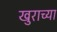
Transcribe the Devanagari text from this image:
खुराच्या